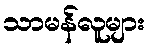
သာမန်လူများ